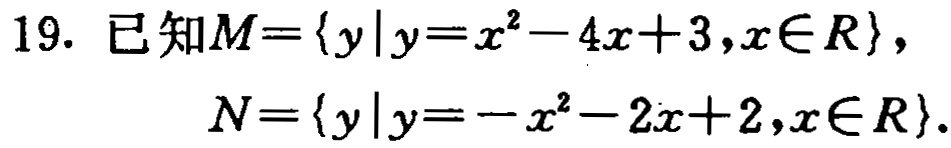
已知\(M = \{ y|y = x^{2}-4x + 3,x\in R\}\)，

\(N = \{ y|y = -x^{2}-2x + 2,x\in R\}\)。